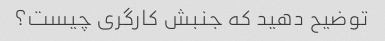
توضیح دهید که جنبش کارگری چیست؟